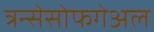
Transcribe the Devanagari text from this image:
त्रन्सेसोफगेअल